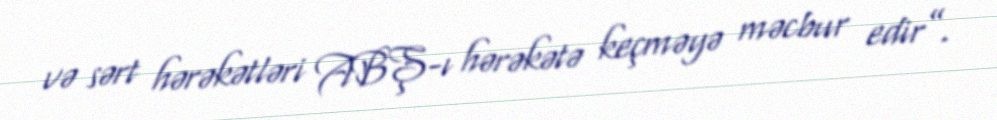
və sərt hərəkətləri ABŞ-ı hərəkətə keçməyə məcbur edir”.